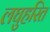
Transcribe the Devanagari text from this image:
लघुहरित